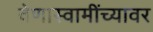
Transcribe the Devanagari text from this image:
वेणास्वामींच्यावर